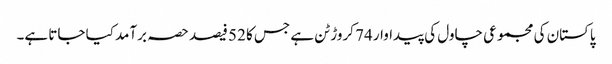
پاکستان کی مجموعی چاول کی پیداوار 74 کروڑ ٹن ہے جس کا 52 فیصد حصہ برآمد کیا جاتا ہے۔